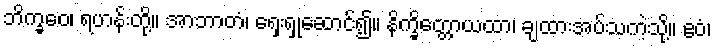
ဘိက္ခဝေ၊ ရဟန်းတို့။ အာဘာတံ၊ ရှေးရှုဆောင်၍။ နိက္ခိတ္တောယထာ၊ ချထားအပ်သကဲ့သို့။ ဧဝံ၊